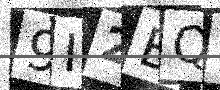
Text: 9I2BQ2